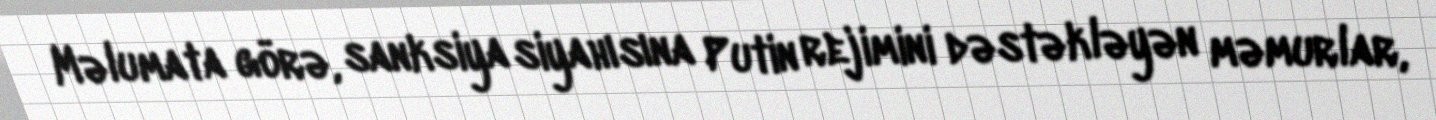
Məlumata görə, sanksiya siyahısına Putin rejimini dəstəkləyən məmurlar,